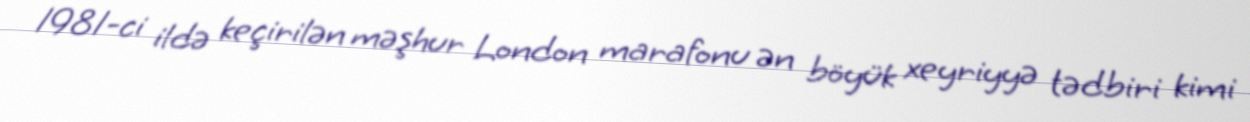
1981-ci ildə keçirilən məşhur London marafonu ən böyük xeyriyyə tədbiri kimi